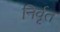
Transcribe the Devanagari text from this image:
निर्वृत